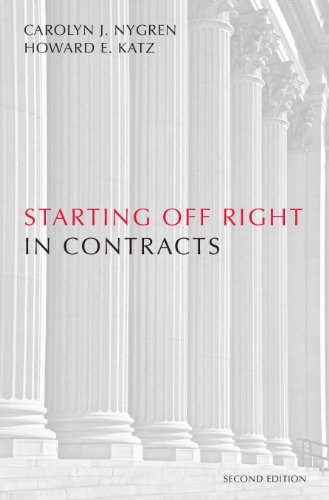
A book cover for Starting Off Right in Contracts, Second Edition; Carolyn J. Nygren; Law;